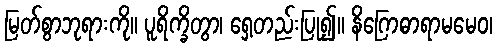
မြတ်စွာဘုရားကို။ ပူရိက္ခိတွာ၊ ရှေ့တည်းပြု၍။ နိဂြောဓာရာမမေဝ၊